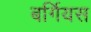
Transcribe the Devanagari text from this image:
बर्गियस